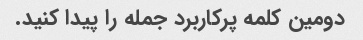
دومین کلمه پرکاربرد جمله را پیدا کنید.